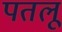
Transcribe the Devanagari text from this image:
पतलू